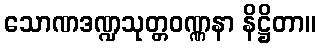
သောဏဒဏ္ဍသုတ္တဝဏ္ဏနာ နိဋ္ဌိတာ။